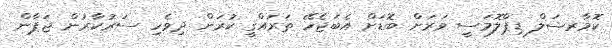
ކޮމާރޝަލް ޑިޕްލޮމަސީ ވަރަށް ބޮޑަށް އެބަޖެހޭ ތަރައްގީ ކުރަން ދިވެހި ސަރުކާރުން ޖަޕާން